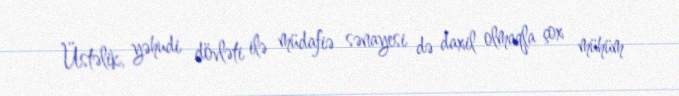
Üstəlik, yəhudi dövləti ilə müdafiə sənayesi də daxil olmaqla çox mühüm